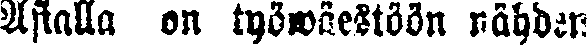
Asialla on työwäestöön nähden